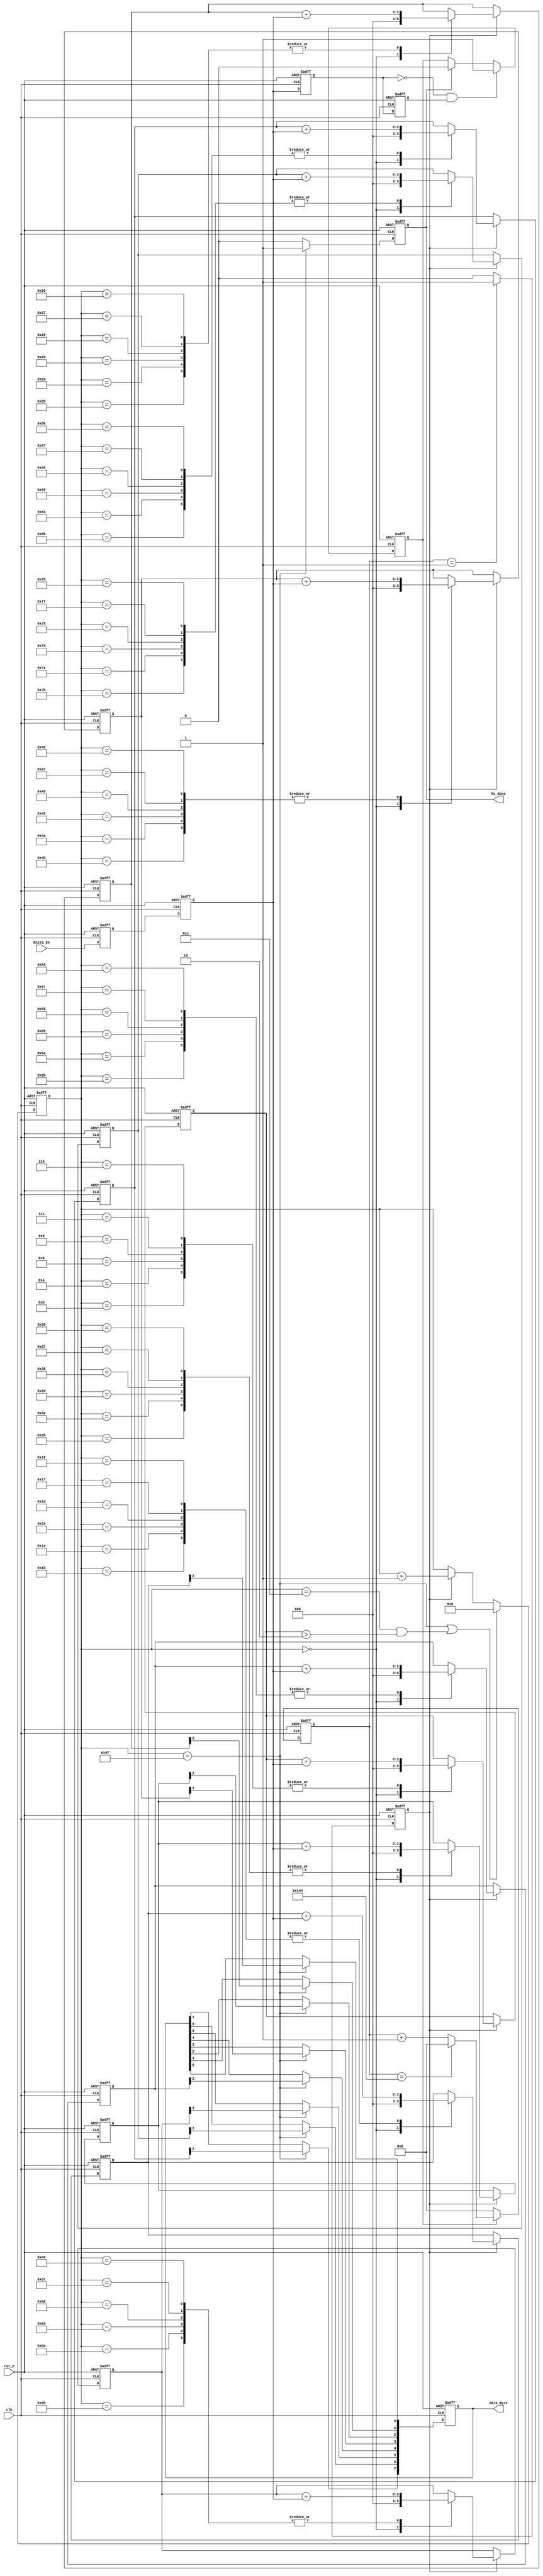
module rx(
input clk,
input rst_n,
input RS232_RX,
output reg [7:0] data_Byte,
output reg Rx_done
    );
reg [2:0] START_BIT;
reg [2:0] STOP_BIT;	
reg s0_Rs232_Rx,s1_Rs232_Rx;//?
reg tmp0_Rs232_Rx,tmp1_Rs232_RX;//?
reg uart_state;
//?
always @(posedge clk or negedge rst_n)begin
 if(!rst_n)begin
   s0_Rs232_Rx <= 1'b0;
   s1_Rs232_Rx <= 1'b0;
 end
 else begin
   s0_Rs232_Rx <= RS232_RX;
   s1_Rs232_Rx <= s0_Rs232_Rx;
 end
end

//?
always @(posedge clk or negedge rst_n)begin
  if(!rst_n)begin
     tmp0_Rs232_Rx <= 1'b0;
     tmp1_Rs232_RX <= 1'b0;
  end
  else begin
     tmp0_Rs232_Rx <= s1_Rs232_Rx;
     tmp1_Rs232_RX <= tmp0_Rs232_Rx;
  end
end
wire nedge;
assign nedge = !tmp0_Rs232_Rx & tmp1_Rs232_RX;

parameter bps_DR = 16'd324;
reg [15:0] div_cnt;
reg bps_clk;

always @(posedge clk or negedge rst_n)begin
   if(!rst_n)
     uart_state <= 1'b0;
   else if (nedge) 
     uart_state <= 1'b1;
   else if(Rx_done) 	 
     uart_state <= 1'b0;    
end   
always @(posedge clk or negedge rst_n)begin     
  if(!rst_n)
    div_cnt <= 16'd0;
  else if(uart_state) begin
     if(div_cnt == bps_DR)
         div_cnt <= 16'd0;
     else
         div_cnt <= div_cnt + 1'b1;
  end
  else
     div_cnt <= 16'd0;
end
always @(posedge clk or negedge rst_n)begin
   if(!rst_n)
     bps_clk <= 1'b0;
   else if(div_cnt == 16'd1)
     bps_clk <= 1'b1;
   else
	 bps_clk <= 1'b0;
end	

reg [7:0] bps_cnt;
always @(posedge clk or negedge rst_n)begin
   if(!rst_n) 
      bps_cnt <= 8'd0;
   else if(bps_cnt == 8'd159 || (bps_cnt == 8'd12 && (START_BIT)>2))
      bps_cnt <= 8'd0;
   else if(bps_clk)
      bps_cnt <= bps_cnt + 1'b1;
end
always @(posedge clk or negedge rst_n)begin
   if(!rst_n)
      Rx_done <= 1'b0;
   else if(bps_cnt == 8'd159)
      Rx_done <= 1'b1;
   else
      Rx_done <= 1'b0;      
end
reg [2:0] r_data_byte [7:0];  
always @(posedge clk or negedge rst_n)begin
  if(!rst_n)begin
      START_BIT <= 3'd0;
  	  r_data_byte[0] <= 3'd0;    r_data_byte[1] <= 3'd0;
	  r_data_byte[2] <= 3'd0;    r_data_byte[3] <= 3'd0; 
	  r_data_byte[4] <= 3'd0;    r_data_byte[5] <= 3'd0;  
	  r_data_byte[6] <= 3'd0;    r_data_byte[7] <= 3'd0;
  end	  
  else if(bps_clk)begin
      case (bps_cnt) 
        0 : begin    
                   START_BIT <= 3'd0;
                   r_data_byte[0] <= 3'd0;   
                   r_data_byte[1] <= 3'd0; 
	               r_data_byte[2] <= 3'd0;    
				   r_data_byte[3] <= 3'd0;	   
				   r_data_byte[4] <= 3'd0;	   
				   r_data_byte[5] <= 3'd0;	   
				   r_data_byte[6] <= 3'd0;	   
				   r_data_byte[7] <= 3'd0;
                   STOP_BIT <= 3'd0;   				   
			end		   
		6,7,8,9,10,11:START_BIT <= START_BIT + s1_Rs232_Rx;			   
		22,23,24,25,26,27:r_data_byte[0] <= r_data_byte[0] + s1_Rs232_Rx;			   
		38,39,40,41,42,43:r_data_byte[1] <= r_data_byte[1] + s1_Rs232_Rx;			   
		54,55,56,57,58,59:r_data_byte[2] <= r_data_byte[2] + s1_Rs232_Rx;			   
		70,71,72,73,74,75:r_data_byte[3] <= r_data_byte[3] + s1_Rs232_Rx;			   
		86,87,88,89,90,91:r_data_byte[4] <= r_data_byte[4] + s1_Rs232_Rx;			   
		102,103,104,105,106,107:r_data_byte[5] <= r_data_byte[5] + s1_Rs232_Rx; 			   
		118,119,120,121,122,123:r_data_byte[6] <= r_data_byte[6] + s1_Rs232_Rx; 			   
		134,135,136,137,138,139:r_data_byte[7] <= r_data_byte[7] + s1_Rs232_Rx;
        150,151,152,153,154,155:STOP_BIT <= STOP_BIT + s1_Rs232_Rx;
        default : 
             begin
			         START_BIT <= START_BIT;
					 r_data_byte[0] <= r_data_byte[0]; 
					 r_data_byte[1] <= r_data_byte[1];
					 r_data_byte[2] <= r_data_byte[2];
					 r_data_byte[3] <= r_data_byte[3];
					 r_data_byte[4] <= r_data_byte[4];
					 r_data_byte[5] <= r_data_byte[5];
					 r_data_byte[6] <= r_data_byte[6];
					 r_data_byte[7] <= r_data_byte[7];
                     STOP_BIT <= STOP_BIT;
             end
      endcase
  end	
end
always @(posedge clk or negedge rst_n)begin
  if(!rst_n)
    data_Byte <= 8'd0;
  else if(bps_cnt == 8'd159)begin
    data_Byte[0] <= r_data_byte[0][2];    
    data_Byte[1] <= r_data_byte[1][2];
    data_Byte[2] <= r_data_byte[2][2];
    data_Byte[3] <= r_data_byte[3][2];
    data_Byte[4] <= r_data_byte[4][2];
	data_Byte[5] <= r_data_byte[5][2];		         
	data_Byte[6] <= r_data_byte[6][2];		 
	data_Byte[7] <= r_data_byte[7][2];
  end
end 
endmodule